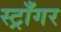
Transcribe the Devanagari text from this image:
स्ट्राँगर